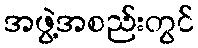
အဖွဲ့အစည်းတွင်